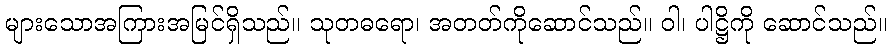
များသောအကြားအမြင်ရှိသည်။ သုတဓရော၊ အတတ်ကိုဆောင်သည်။ ဝါ၊ ပါဋ္ဌိကို ဆောင်သည်။